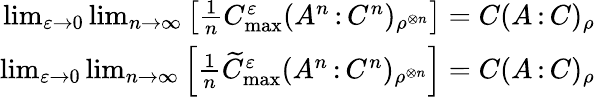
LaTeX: \begin{array}{r}{\operatorname*{lim}_{\varepsilon\to 0}\operatorname*{lim}_{n\to\infty}\left[\frac{1}{n}C_{\operatorname*{max}}^{\varepsilon}(A^{n}{\, :\, }C^{n})_{\rho^{\otimes n}}\right]=C(A{\, :\, }C)_{\rho}}\\ {\operatorname*{lim}_{\varepsilon\to 0}\operatorname*{lim}_{n\to\infty}\left[\frac{1}{n}\widetilde{C}_{\operatorname*{max}}^{\varepsilon}(A^{n}{\, :\, }C^{n})_{\rho^{\otimes n}}\right]=C(A{\, :\, }C)_{\rho}}\end{array}